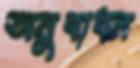
অনুবাধন